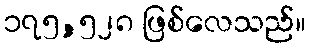
၁၇၅,၅၂၈ ဖြစ်လေသည်။